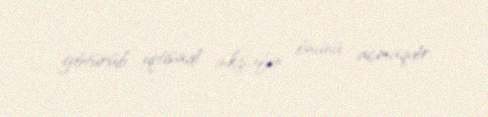
götürüb iqtisadi inkişafın önünü açmaqdir.